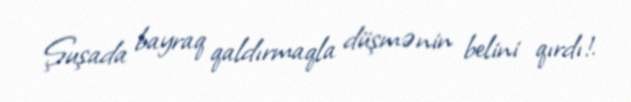
Şuşada bayraq qaldırmaqla düşmənin belini qırdı!.